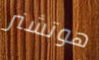
هوتشنر